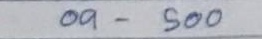
09 - 500